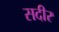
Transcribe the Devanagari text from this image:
सदीर